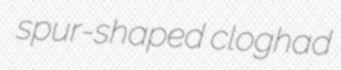
spur-shaped cloghad